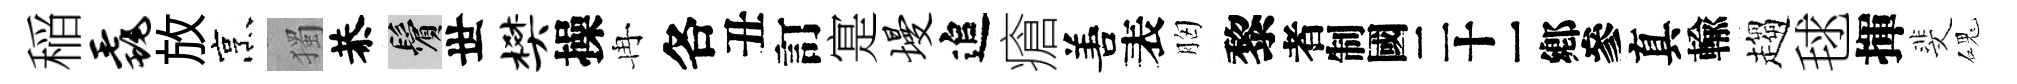
稲毳放烹獨恭鬢世樊操冉各丑訂寔墁追瘡𠵊表胸黎识真輸趨毬揮斐磈